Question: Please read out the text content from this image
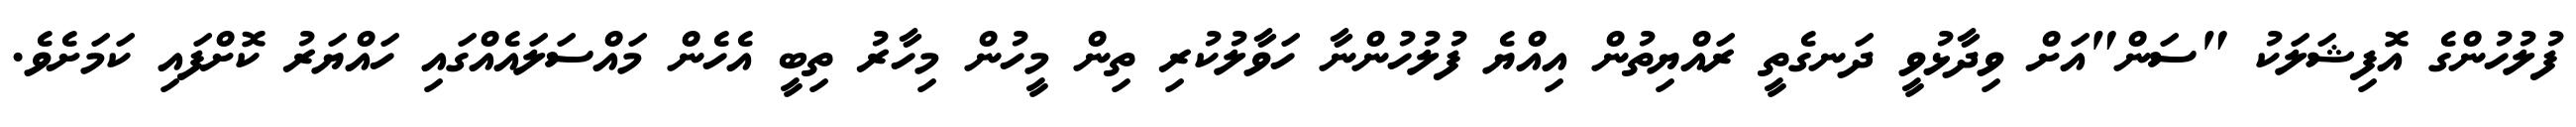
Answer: ފުލުހުންގެ އޮފިޝަލަކު "ސަން"އަށް ވިދާޅުވީ ދަނގެތީ ރައްޔިތުން އިއްޔެ ފުލުހުންނާ ހަވާލުކުރި ތިން މީހުން މިހާރު ތިބީ އެހެން މައްސަލައެއްގައި ހައްޔަރު ކޮށްފައި ކަމަށެވެ.